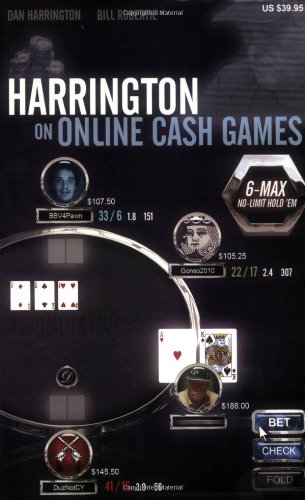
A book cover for Harrington on Online Cash Games; 6-Max No-Limit Hold 'em; Dan Harrington; Humor & Entertainment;